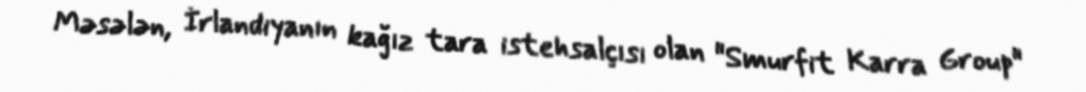
Məsələn, İrlandiyanın kağız tara istehsalçısı olan "Smurfit Karra Group"